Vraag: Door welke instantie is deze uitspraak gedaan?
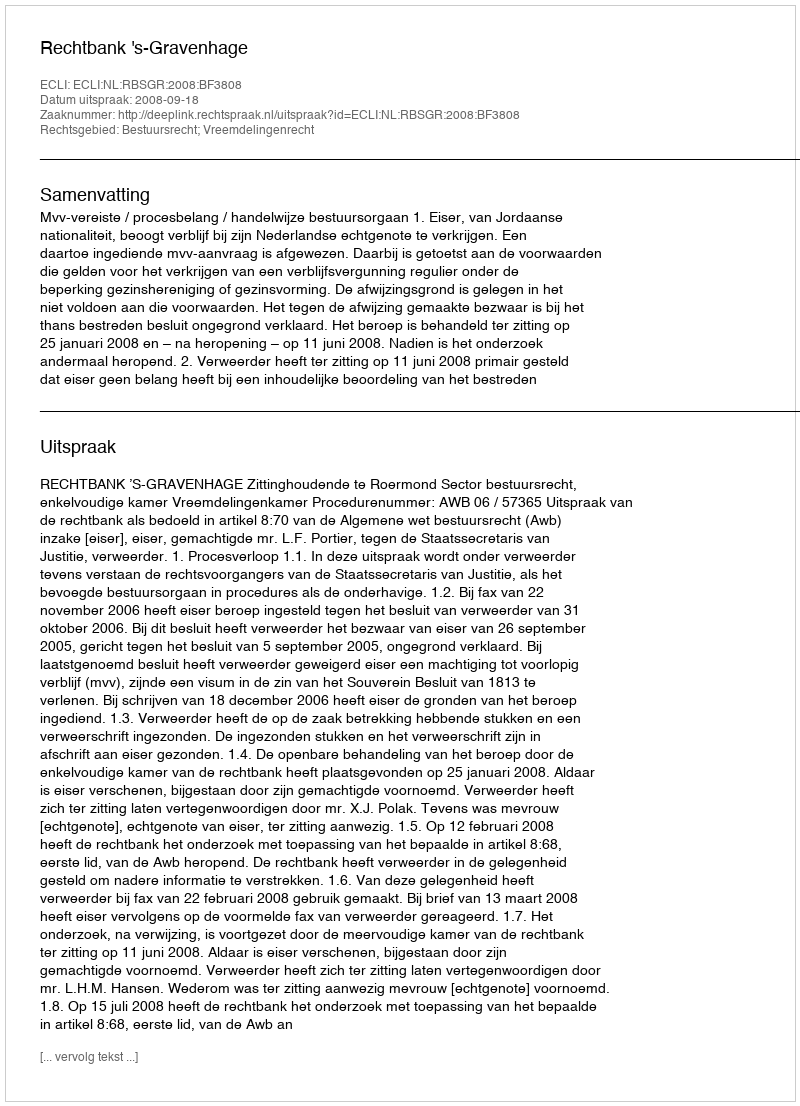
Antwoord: Rechtbank 's-Gravenhage